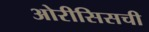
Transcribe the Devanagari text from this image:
ओरीसिसची